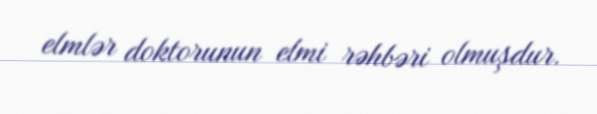
elmlər doktorunun elmi rəhbəri olmuşdur.